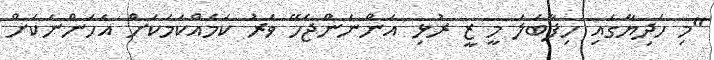
"މި ހަދިޔާގައި ހިފާބަލަ މީ ޒީ ރުޅި އަންނަންޖެހޭ ވަރު ކަމެއްކަމަކަށް އަހަންނަކަށް